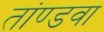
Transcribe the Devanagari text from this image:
तांण्डवा